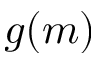
g ( m )